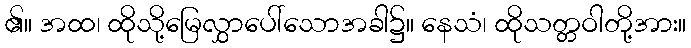
၏။ အထ၊ ထိုသို့မြေလွှာပေါ်သောအခါ၌။ နေသံ၊ ထိုသတ္တဝါတို့အား။